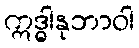
ဣဒ္ဓါနုဘာဝါ